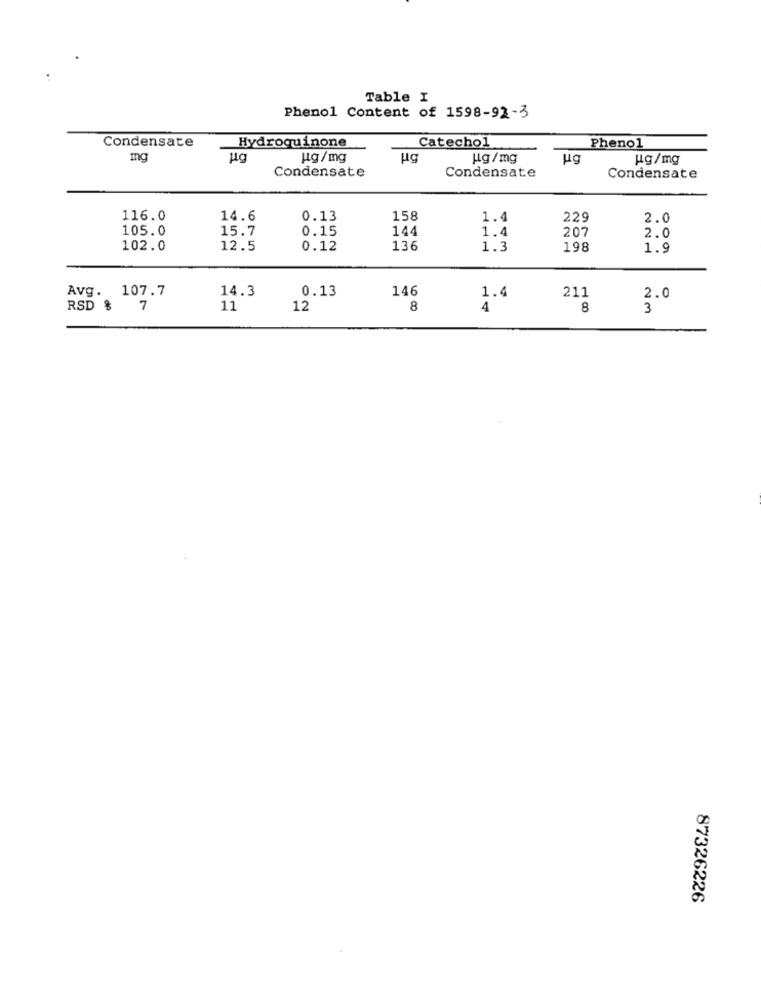
Table I
Phenol Content of 1598-92-3
Condensate
Hydroquinone
Catechol
Phenol
mg
ug/mg
ug
ug /mg
ug
ug/mg
Condensate
Condensate
Condensate
116.0
14.6
0.13
158
1.4
229
2.0
105.0
15.7
0.15
144
1.4
207
2.0
102.0
12.5
0.12
136
1.3
198
1.9
Avg. 107.7
14.3
0.13
146
211
1.4
2.0
RSD % 7
11
12
8
4
8
3
87326226